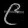
Digit: ၉